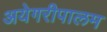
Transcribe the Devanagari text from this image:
अयेगरीपालम